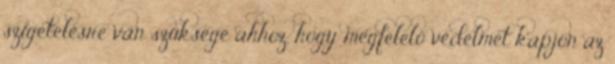
szigetelésre van szüksége ahhoz, hogy megfelelő védelmet kapjon az